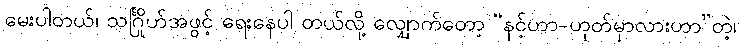
မေးပါတယ်၊ သင်္ဂြိုဟ်အဖွင့် ရေးနေပါ တယ်လို့ လျှောက်တော့ “နင့်ဟာ-ဟုတ်မှာလားဟာ”တဲ့၊